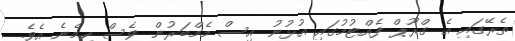
ތެރޭގައި އެ ގްރޫޕް ފެއްޓުމުގައި އުޅުނު އިސް މެމްބަރުން ވެސް ހިމެނެ އެވެ.